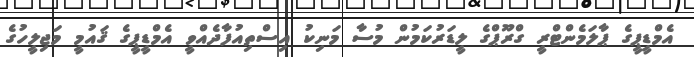
އެމްޑީޕީގެ ޕާލަމެންޓްރީ ގްރޫޕްގެ ލީޑަރުކަމުން މުސާ މަނިކު އިސްތިއުފާދެއްވީ އެމްޑީޕީގެ ޤައުމީ މަޖިލީހުގެ